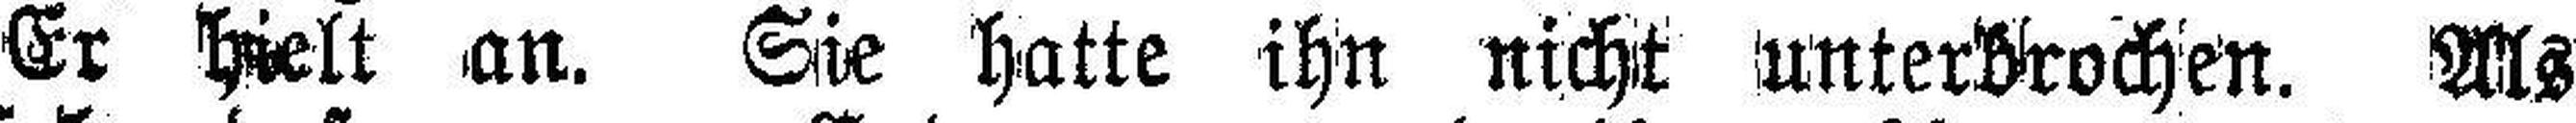
Er hielt an. Sie hatte ihn nicht Unterbrochen. Als